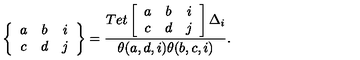
\left\{ \begin{array} { c c c } { a } & { b } & { i } \\ { c } & { d } & { j } \\ \end{array} \right\} = \frac { T e t \left[ \begin{array} { c c c } { a } & { b } & { i } \\ { c } & { d } & { j } \\ \end{array} \right] \Delta _ { i } } { \theta ( a , d , i ) \theta ( b , c , i ) } .